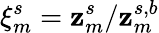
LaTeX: \xi_{m}^{s}=\mathbf{z}_{m}^{s}/\mathbf{z}_{m}^{s,b}